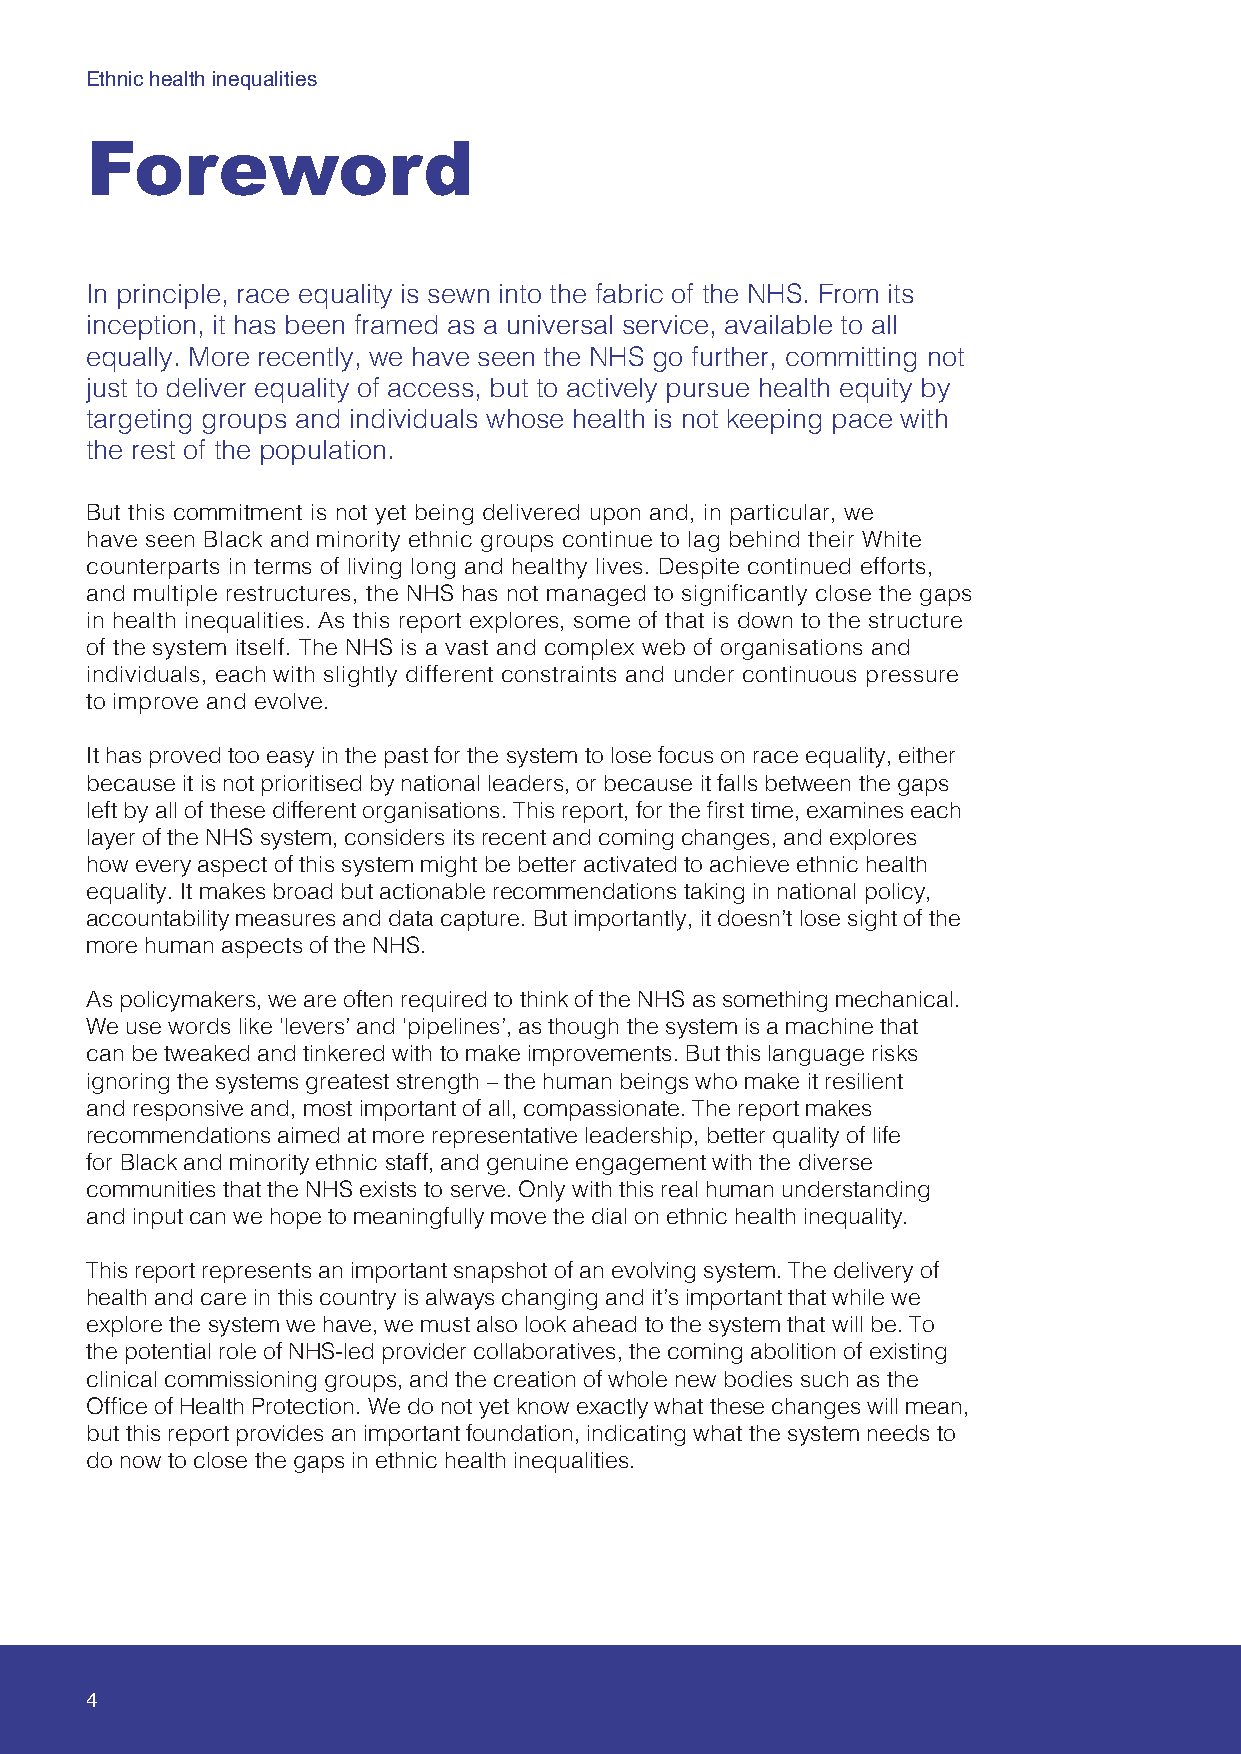
Ethnic health inequalities
 Foreword
 In principle, race equality is sewn into the fabric of the NHS. From its
 inception, it has been framed as a universal service, available to all
 equally. More recently, we have seen the NHS go further, committing not
 just to deliver equality of access, but to actively pursue health equity by
 targeting groups and individuals whose health is not keeping pace with
 the rest of the population.
 But this commitment is not yet being delivered upon and, in particular, we
 have seen Black and minority ethnic groups continue to lag behind their White
 counterparts in terms of living long and healthy lives. Despite continued efforts,
 and multiple restructures, the NHS has not managed to significantly close the gaps
 in health inequalities. As this report explores, some of that is down to the structure
 of the system itself. The NHS is a vast and complex web of organisations and
 individuals, each with slightly different constraints and under continuous pressure
 to improve and evolve.
 It has proved too easy in the past for the system to lose focus on race equality, either
 because it is not prioritised by national leaders, or because it falls between the gaps
 left by all of these different organisations. This report, for the first time, examines each
 layer of the NHS system, considers its recent and coming changes, and explores
 how every aspect of this system might be better activated to achieve ethnic health
 equality. It makes broad but actionable recommendations taking in national policy,
 accountability measures and data capture. But importantly, it doesn’t lose sight of the
 more human aspects of the NHS.
 As policymakers, we are often required to think of the NHS as something mechanical.
 We use words like ‘levers’ and ‘pipelines’, as though the system is a machine that
 can be tweaked and tinkered with to make improvements. But this language risks
 ignoring the systems greatest strength – the human beings who make it resilient
 and responsive and, most important of all, compassionate. The report makes
 recommendations aimed at more representative leadership, better quality of life
 for Black and minority ethnic staff, and genuine engagement with the diverse
 communities that the NHS exists to serve. Only with this real human understanding
 and input can we hope to meaningfully move the dial on ethnic health inequality.
 This report represents an important snapshot of an evolving system. The delivery of
 health and care in this country is always changing and it’s important that while we
 explore the system we have, we must also look ahead to the system that will be. To
 the potential role of NHS-led provider collaboratives, the coming abolition of existing
 clinical commissioning groups, and the creation of whole new bodies such as the
 Office of Health Protection. We do not yet know exactly what these changes will mean,
 but this report provides an important foundation, indicating what the system needs to
 do now to close the gaps in ethnic health inequalities.
 4